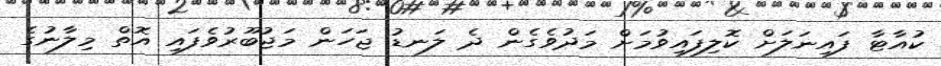
ކުއާޓާ ފައިނަލަށް ކޮލިފައިވުމަށް މަދުވެގެން ދެ ލަނޑު ޖަހަން މަޖުބޫރުވެފައި އޮތް މިލާނުގެ